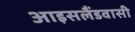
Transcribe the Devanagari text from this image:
आइसलैंडवासी